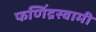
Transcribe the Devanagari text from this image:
फणिंद्रस्वामी